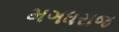
મગધરાજ